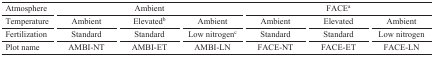
<table><thead><tr><td><b>Atmosphere</b></td><td colspan="3"><b>Ambient</b></td><td colspan="3"><b>FACEa</b></td></tr></thead><tbody><tr><td>Temperature</td><td>Ambient</td><td>Elevatedb</td><td>Ambient</td><td>Ambient</td><td>Elevated</td><td>Ambient</td></tr><tr><td>Fertilization</td><td>Standard</td><td>Standard</td><td>Low nitrogenc</td><td>Standard</td><td>Standard</td><td>Low nitrogen</td></tr><tr><td>Plot name</td><td>AMBI-NT</td><td>AMBI-ET</td><td>AMBI-LN</td><td>FACE-NT</td><td>FACE-ET</td><td>FACE-LN</td></tr></tbody></table>